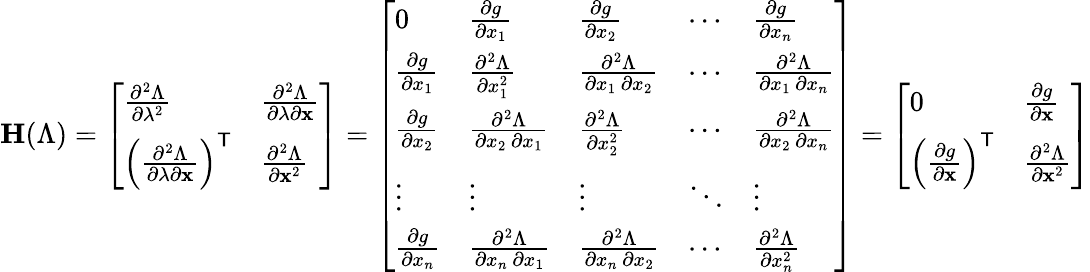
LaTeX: \mathbf{H}(\Lambda)={\left[\begin{array}{ll}{{\frac{\partial^{2}\Lambda}{\partial\lambda^{2}}}}&{{\frac{\partial^{2}\Lambda}{\partial\lambda\partial\mathbf{x}}}}\\ {\left({\frac{\partial^{2}\Lambda}{\partial\lambda\partial\mathbf{x}}}\right)^{\mathsf{T}}}&{{\frac{\partial^{2}\Lambda}{\partial\mathbf{x}^{2}}}}\end{array}\right]}={\left[\begin{array}{lllll}{0}&{{\frac{\partial g}{\partial x_{1}}}}&{{\frac{\partial g}{\partial x_{2}}}}&{\cdots}&{{\frac{\partial g}{\partial x_{n}}}}\\ {{\frac{\partial g}{\partial x_{1}}}}&{{\frac{\partial^{2}\Lambda}{\partial x_{1}^{2}}}}&{{\frac{\partial^{2}\Lambda}{\partial x_{1}\, \partial x_{2}}}}&{\cdots}&{{\frac{\partial^{2}\Lambda}{\partial x_{1}\, \partial x_{n}}}}\\ {{\frac{\partial g}{\partial x_{2}}}}&{{\frac{\partial^{2}\Lambda}{\partial x_{2}\, \partial x_{1}}}}&{{\frac{\partial^{2}\Lambda}{\partial x_{2}^{2}}}}&{\cdots}&{{\frac{\partial^{2}\Lambda}{\partial x_{2}\, \partial x_{n}}}}\\ {\vdots}&{\vdots}&{\vdots}&{\ddots}&{\vdots}\\ {{\frac{\partial g}{\partial x_{n}}}}&{{\frac{\partial^{2}\Lambda}{\partial x_{n}\, \partial x_{1}}}}&{{\frac{\partial^{2}\Lambda}{\partial x_{n}\, \partial x_{2}}}}&{\cdots}&{{\frac{\partial^{2}\Lambda}{\partial x_{n}^{2}}}}\end{array}\right]}={\left[\begin{array}{ll}{0}&{{\frac{\partial g}{\partial\mathbf{x}}}}\\ {\left({\frac{\partial g}{\partial\mathbf{x}}}\right)^{\mathsf{T}}}&{{\frac{\partial^{2}\Lambda}{\partial\mathbf{x}^{2}}}}\end{array}\right]}